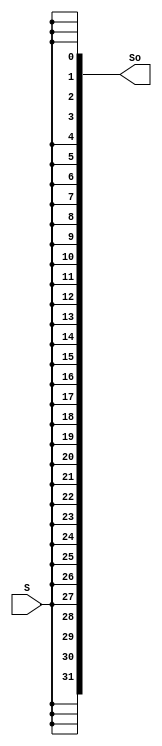
`timescale 1ns / 1ps

module SignalExt_32 (
	input S,
	output [31:0] So );
	
	assign So = {32{S}};

endmodule